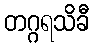
တဂ္ဂရသိခီ